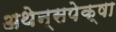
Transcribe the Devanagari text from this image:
अथेन्सपेक्षा